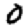
Digit: 0